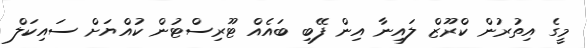
މީގެ އިތުރުން ކްރޫޒް ލައިނާ އިން ފޭބި ބައެއް ޓޫރިސްޓުން ކުއްޔަށް ސައިކަލް